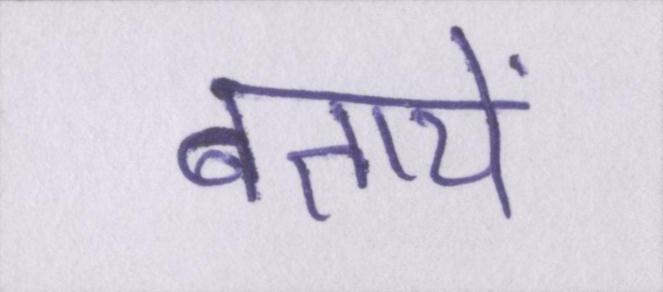
बतायें